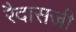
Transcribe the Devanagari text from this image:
रैदासजी